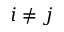
i \neq j